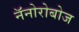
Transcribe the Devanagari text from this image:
नॅनोरोबोज